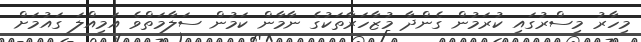
މިހާރު މިސްރުގައި ކުރަމުން ގެންދާ މުޒާހަރާތަކުގެ ނާމާން ކަމުން ސަލާމަތްވެ އަމިއްލަ ގައުމަށް